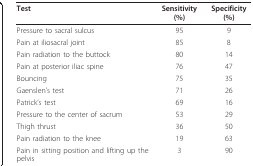
<table><thead><tr><td><b>Test</b></td><td><b>Sensitivity (%)</b></td><td><b>Specificity (%)</b></td></tr></thead><tbody><tr><td>Pressure to sacral sulcus</td><td>95</td><td>9</td></tr><tr><td>Pain at iliosacral joint</td><td>85</td><td>8</td></tr><tr><td>Pain radiation to the buttock</td><td>80</td><td>14</td></tr><tr><td>Pain at posterior iliac spine</td><td>76</td><td>47</td></tr><tr><td>Bouncing</td><td>75</td><td>35</td></tr><tr><td>Gaenslen&#x27;s test</td><td>71</td><td>26</td></tr><tr><td>Patrick&#x27;s test</td><td>69</td><td>16</td></tr><tr><td>Pressure to the center of sacrum</td><td>53</td><td>29</td></tr><tr><td>Thigh thrust</td><td>36</td><td>50</td></tr><tr><td>Pain radiation to the knee</td><td>19</td><td>63</td></tr><tr><td>Pain in sitting position and lifting up the pelvis</td><td>3</td><td>90</td></tr></tbody></table>